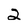
Character: 2